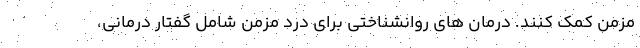
مزمن کمک کنند. درمان های روانشناختی برای درد مزمن شامل گفتار درمانی،